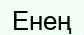
Енең